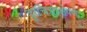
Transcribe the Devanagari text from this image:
दूरचित्रप्रक्षेपणे